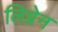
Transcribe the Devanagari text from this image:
लिग्नेन